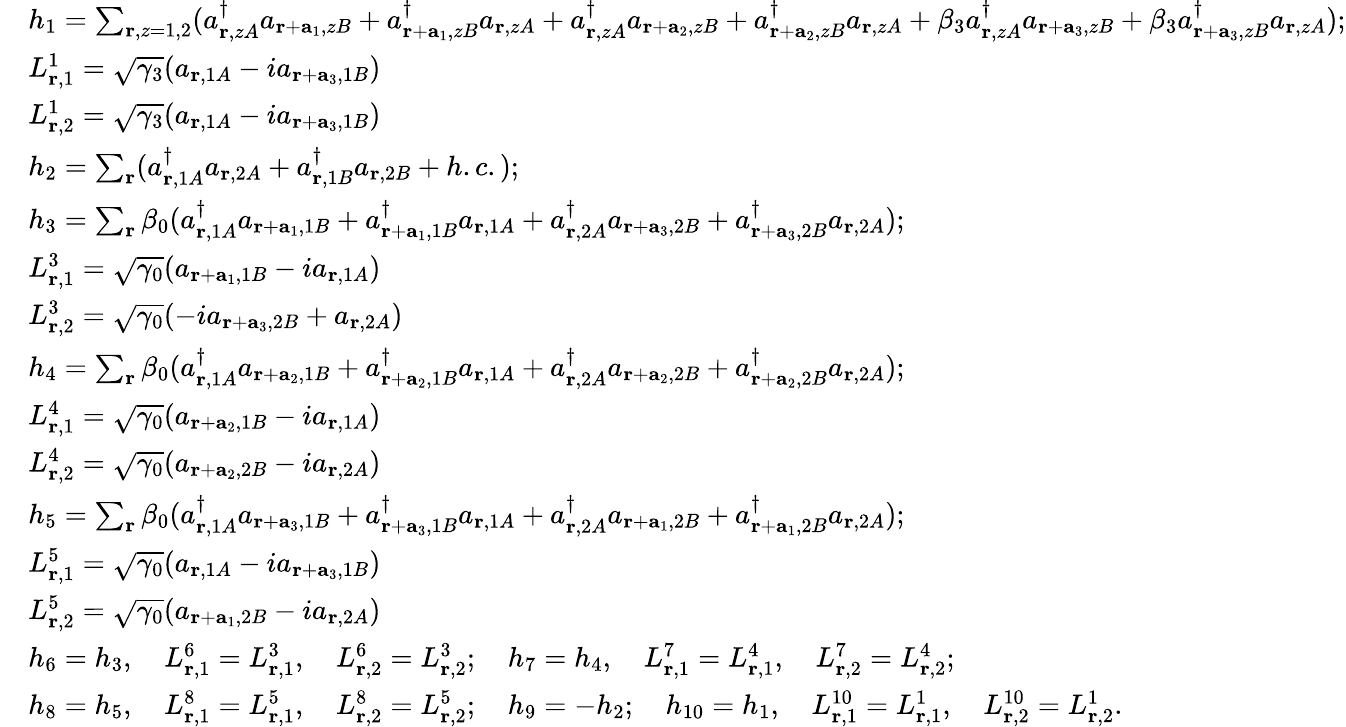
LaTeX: \begin{array}{rl}&{h_{1}=\sum_{{\mathbf r},z=1,2}(a_{{\mathbf r},zA}^{\dagger}a_{{\mathbf r}+{\mathbf a}_{1},zB}+a_{{\mathbf r}+{\mathbf a}_{1},zB}^{\dagger}a_{{\mathbf r},zA}+a_{{\mathbf r},zA}^{\dagger}a_{{\mathbf r}+{\mathbf a}_{2},zB}+a_{{\mathbf r}+{\mathbf a}_{2},zB}^{\dagger}a_{{\mathbf r},zA}+\beta_{3}a_{{\mathbf r},zA}^{\dagger}a_{{\mathbf r}+{\mathbf a}_{3},zB}+\beta_{3}a_{{\mathbf r}+{\mathbf a}_{3},zB}^{\dagger}a_{{\mathbf r},zA});}\\ &{L_{{\mathbf r},1}^{1}=\sqrt{\gamma_{3}}(a_{{\mathbf r},1A}-ia_{{\mathbf r}+{\mathbf a}_{3},1B})}\\ &{L_{{\mathbf r},2}^{1}=\sqrt{\gamma_{3}}(a_{{\mathbf r},1A}-ia_{{\mathbf r}+{\mathbf a}_{3},1B})}\\ &{h_{2}=\sum_{\mathbf r}(a_{{\mathbf r},1A}^{\dagger}a_{{\mathbf r},2A}+a_{{\mathbf r},1B}^{\dagger}a_{{\mathbf r},2B}+h.c.);}\\ &{h_{3}=\sum_{\mathbf r}\beta_{0}(a_{{\mathbf r},1A}^{\dagger}a_{{\mathbf r}+{\mathbf a}_{1},1B}+a_{{\mathbf r}+{\mathbf a}_{1},1B}^{\dagger}a_{{\mathbf r},1A}+a_{{\mathbf r},2A}^{\dagger}a_{{\mathbf r}+{\mathbf a}_{3},2B}+a_{{\mathbf r}+{\mathbf a}_{3},2B}^{\dagger}a_{{\mathbf r},2A});}\\ &{L_{{\mathbf r},1}^{3}=\sqrt{\gamma_{0}}(a_{{\mathbf r}+{\mathbf a}_{1},1B}-ia_{{\mathbf r},1A})}\\ &{L_{{\mathbf r},2}^{3}=\sqrt{\gamma_{0}}(-ia_{{\mathbf r}+{\mathbf a}_{3},2B}+a_{{\mathbf r},2A})}\\ &{h_{4}=\sum_{\mathbf r}\beta_{0}(a_{{\mathbf r},1A}^{\dagger}a_{{\mathbf r}+{\mathbf a}_{2},1B}+a_{{\mathbf r}+{\mathbf a}_{2},1B}^{\dagger}a_{{\mathbf r},1A}+a_{{\mathbf r},2A}^{\dagger}a_{{\mathbf r}+{\mathbf a}_{2},2B}+a_{{\mathbf r}+{\mathbf a}_{2},2B}^{\dagger}a_{{\mathbf r},2A});}\\ &{L_{{\mathbf r},1}^{4}=\sqrt{\gamma_{0}}(a_{{\mathbf r}+{\mathbf a}_{2},1B}-ia_{{\mathbf r},1A})}\\ &{L_{{\mathbf r},2}^{4}=\sqrt{\gamma_{0}}(a_{{\mathbf r}+{\mathbf a}_{2},2B}-ia_{{\mathbf r},2A})}\\ &{h_{5}=\sum_{\mathbf r}\beta_{0}(a_{{\mathbf r},1A}^{\dagger}a_{{\mathbf r}+{\mathbf a}_{3},1B}+a_{{\mathbf r}+{\mathbf a}_{3},1B}^{\dagger}a_{{\mathbf r},1A}+a_{{\mathbf r},2A}^{\dagger}a_{{\mathbf r}+{\mathbf a}_{1},2B}+a_{{\mathbf r}+{\mathbf a}_{1},2B}^{\dagger}a_{{\mathbf r},2A});}\\ &{L_{{\mathbf r},1}^{5}=\sqrt{\gamma_{0}}(a_{{\mathbf r},1A}-ia_{{\mathbf r}+{\mathbf a}_{3},1B})}\\ &{L_{{\mathbf r},2}^{5}=\sqrt{\gamma_{0}}(a_{{\mathbf r}+{\mathbf a}_{1},2B}-ia_{{\mathbf r},2A})}\\ &{h_{6}=h_{3},\quad L_{{\mathbf r},1}^{6}=L_{{\mathbf r},1}^{3},\quad L_{{\mathbf r},2}^{6}=L_{{\mathbf r},2}^{3};\quad h_{7}=h_{4},\quad L_{{\mathbf r},1}^{7}=L_{{\mathbf r},1}^{4},\quad L_{{\mathbf r},2}^{7}=L_{{\mathbf r},2}^{4};}\\ &{h_{8}=h_{5},\quad L_{{\mathbf r},1}^{8}=L_{{\mathbf r},1}^{5},\quad L_{{\mathbf r},2}^{8}=L_{{\mathbf r},2}^{5};\quad h_{9}=-h_{2};\quad h_{10}=h_{1},\quad L_{{\mathbf r},1}^{10}=L_{{\mathbf r},1}^{1},\quad L_{{\mathbf r},2}^{10}=L_{{\mathbf r},2}^{1}.}\end{array}